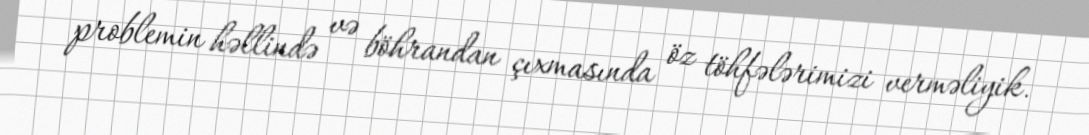
problemin həllində və böhrandan çıxmasında öz töhfələrimizi verməliyik.